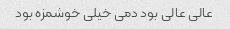
عالی عالی بود دمی خیلی خوشمزه بود